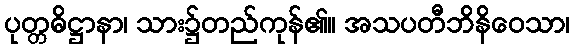
ပုတ္တဓိဋ္ဌာနာ၊ သား၌တည်ကုန်၏။ အသပတီဘိနိဝေသာ၊